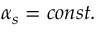
\alpha _ { s } = c o n s t .